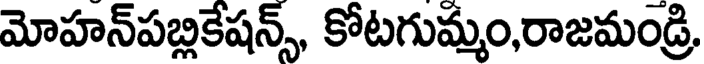
మోహన్పబ్లికేషన్స్, కోటగుమ్మం,రాజమండ్రి,